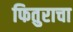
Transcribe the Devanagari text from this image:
फितुराचा